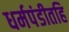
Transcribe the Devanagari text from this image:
धर्मपंडीतहि